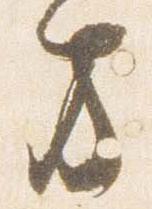
方